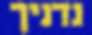
נדניך